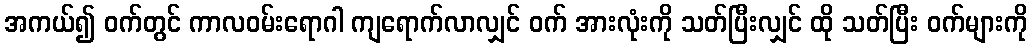
အကယ်၍ ဝက်တွင် ကာလဝမ်းရောဂါ ကျရောက်လာလျှင် ဝက် အားလုံးကို သတ်ပြီးလျှင် ထို သတ်ပြီး ဝက်များကို